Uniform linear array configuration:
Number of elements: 48
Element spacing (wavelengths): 0.25
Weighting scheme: hann
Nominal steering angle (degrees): -30
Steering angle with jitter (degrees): -28.475
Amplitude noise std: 0.05
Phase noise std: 0.05

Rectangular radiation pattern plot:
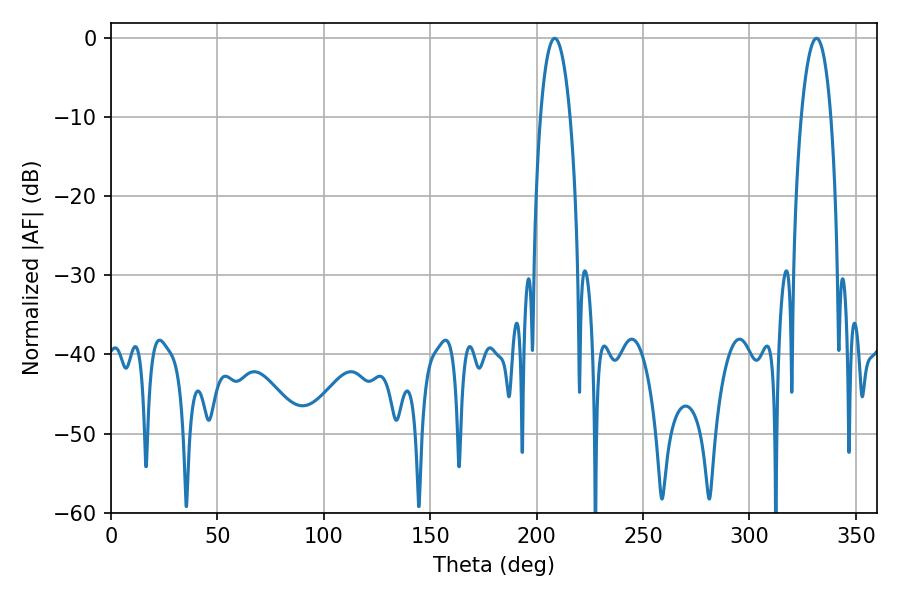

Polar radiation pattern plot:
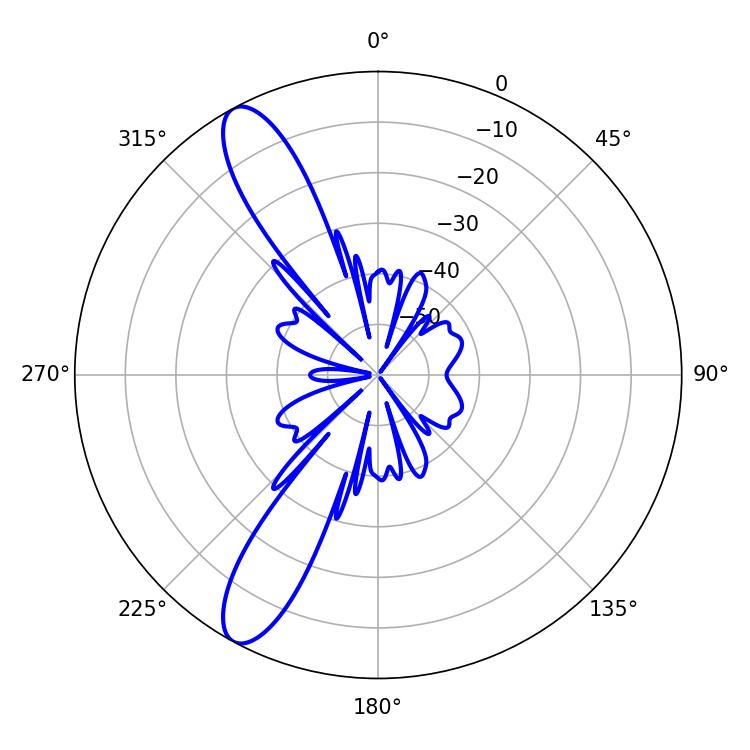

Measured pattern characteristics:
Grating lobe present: FALSE
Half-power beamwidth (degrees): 7.74
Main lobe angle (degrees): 208.44